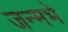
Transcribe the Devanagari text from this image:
जन्मभे